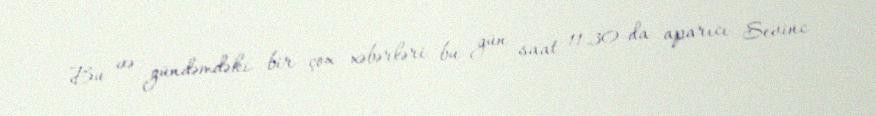
Bu və gündəmdəki bir çox xəbərləri bu gün saat 11.30-da aparıcı Sevinc